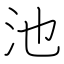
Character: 池